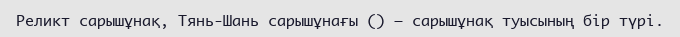
Реликт сарышұнақ, Тянь-Шань сарышұнағы () – сарышұнақ туысының бір түрі.